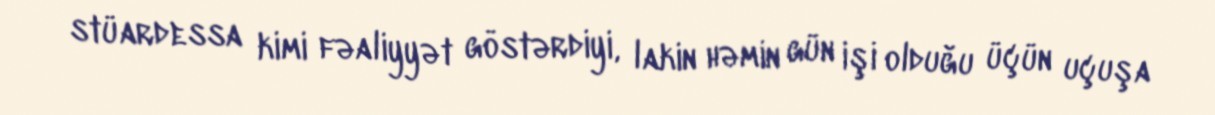
stüardessa kimi fəaliyyət göstərdiyi, lakin həmin gün işi olduğu üçün uçuşa